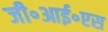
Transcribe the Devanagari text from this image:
जी॰आई॰एस